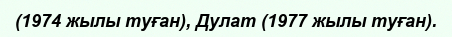
(1974 жылы туған), Дулат (1977 жылы туған).